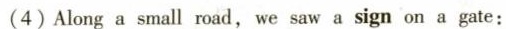
(4) Along a small road, we saw a sign on a gate: